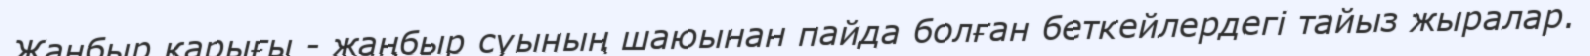
Жаңбыр қарығы - жаңбыр суының шаюынан пайда болған беткейлердегі тайыз жыралар.